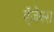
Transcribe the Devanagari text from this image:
ऍजेक्स